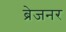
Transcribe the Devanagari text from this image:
ब्रेजनर